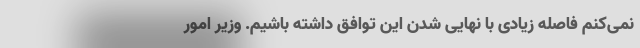
نمی‌کنم فاصله زیادی با نهایی شدن این توافق داشته باشیم. وزیر امور